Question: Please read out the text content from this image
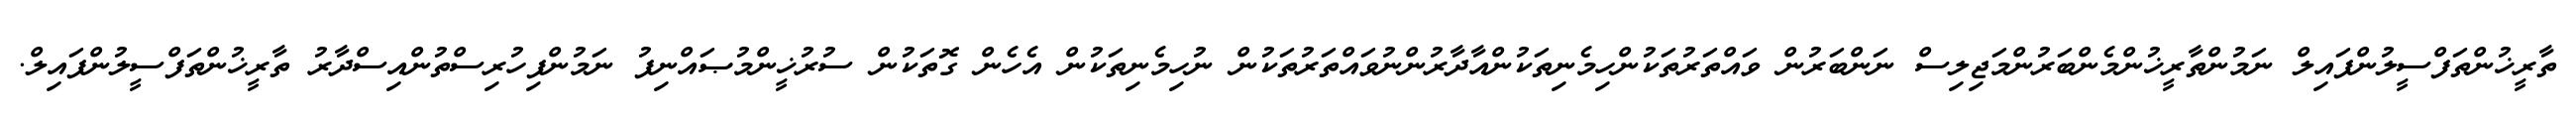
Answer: ތާރީޚުންތަފްސީލުންފައިލް ނަމުންތާރީޚުންމެންބަރުންމަޖިލިސް ނަންބަރުން ވައްތަރުތަކުންހިމެނިތަކުންއާދާރުންނުވައްތަރުތަކުން ނުހިމެނިތަކުން އެހެން ގޮތަކުން ސުރުޚީންމުޞައްނިފު ނަމުންފިހުރިސްތުންއިސްދާރު ތާރީޚުންތަފްސީލުންފައިލް.